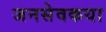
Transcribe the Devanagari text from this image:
जनसेवकया